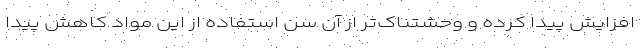
افزایش پیدا کرده و وحشتناک‌تر از آن سن استفاده از این مواد کاهش پیدا